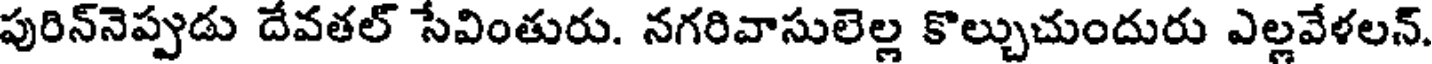
పురిన్నెప్పుడు దేవతల్ సేవింతురు. నగరివాసులెల్ల కొల్చుచుందురు ఎల్లవేళలన్